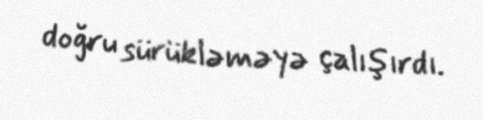
doğru sürükləməyə çalışırdı.